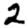
Digit: 2